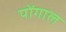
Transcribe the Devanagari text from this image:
पोंगाल